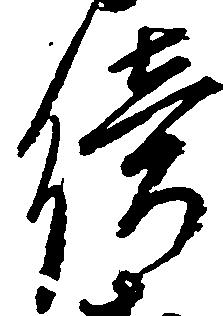
続